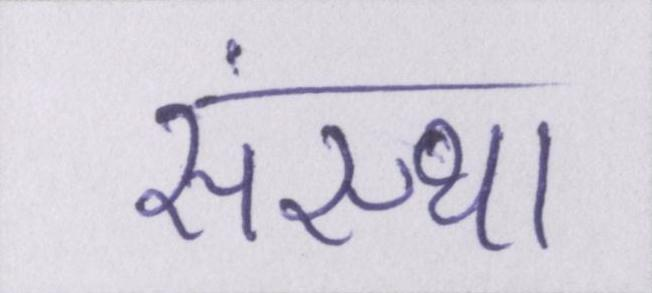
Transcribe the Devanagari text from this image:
संस्था